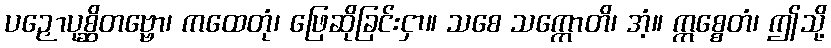
ပဉှောပုစ္ဆိတဗ္ဗော၊ ကထေတုံ၊ ဖြေဆိုခြင်းငှာ။ သစေ သက္ကောတိ၊ အံ့။ ဣစ္စေတံ၊ ဤသို့